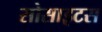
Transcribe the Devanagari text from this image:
सोसाइटस